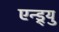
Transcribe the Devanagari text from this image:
एन्ड्र्यु